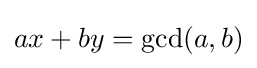
ax+by=\gcd(a,b)